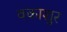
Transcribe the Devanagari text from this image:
वकाशुर